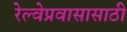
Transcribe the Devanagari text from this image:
रेल्वेप्रवासासाठी